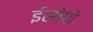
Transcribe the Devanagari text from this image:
ईसोपो